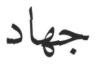
جھاد